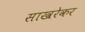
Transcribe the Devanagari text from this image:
साखरेकर